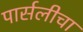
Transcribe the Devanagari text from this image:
पार्सलीचा